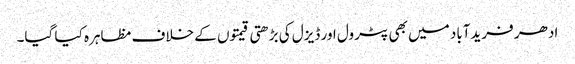
ادھر فریدآباد میں بھی پٹرول اور ڈیزل کی بڑھتی قیمتوں کے خلاف مظاہرہ کیا گیا۔